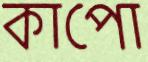
কাপো